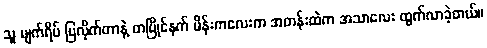
သူ မျက်ရိပ် ပြလိုက်တာနဲ့ တပြိုင်နက် မိန်းကလေးက အတန်းထဲက အသာလေး ထွက်လာခဲ့တယ်။